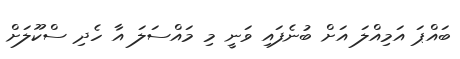
ބައްޕަ އަމިއްލަ އަށް ބުނެފައި ވަނީ މި މައްސަލަ އާ ހެދި ސްކޫލަށް